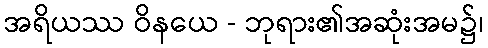
အရိယဿ ဝိနယေ - ဘုရား၏အဆုံးအမ၌၊